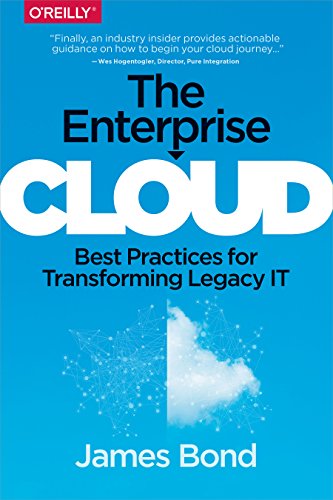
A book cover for The Enterprise Cloud: Best Practices for Transforming Legacy IT; James Bond; Computers & Technology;